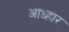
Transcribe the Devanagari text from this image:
आध्हार